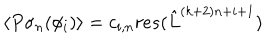
\langle P \sigma _ { n } ( \phi _ { i } ) \rangle = c _ { i , n } r e s ( { \hat { L } } ^ { ( k + 2 ) n + i + 1 } )